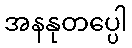
အနနုတပ္ပေါ